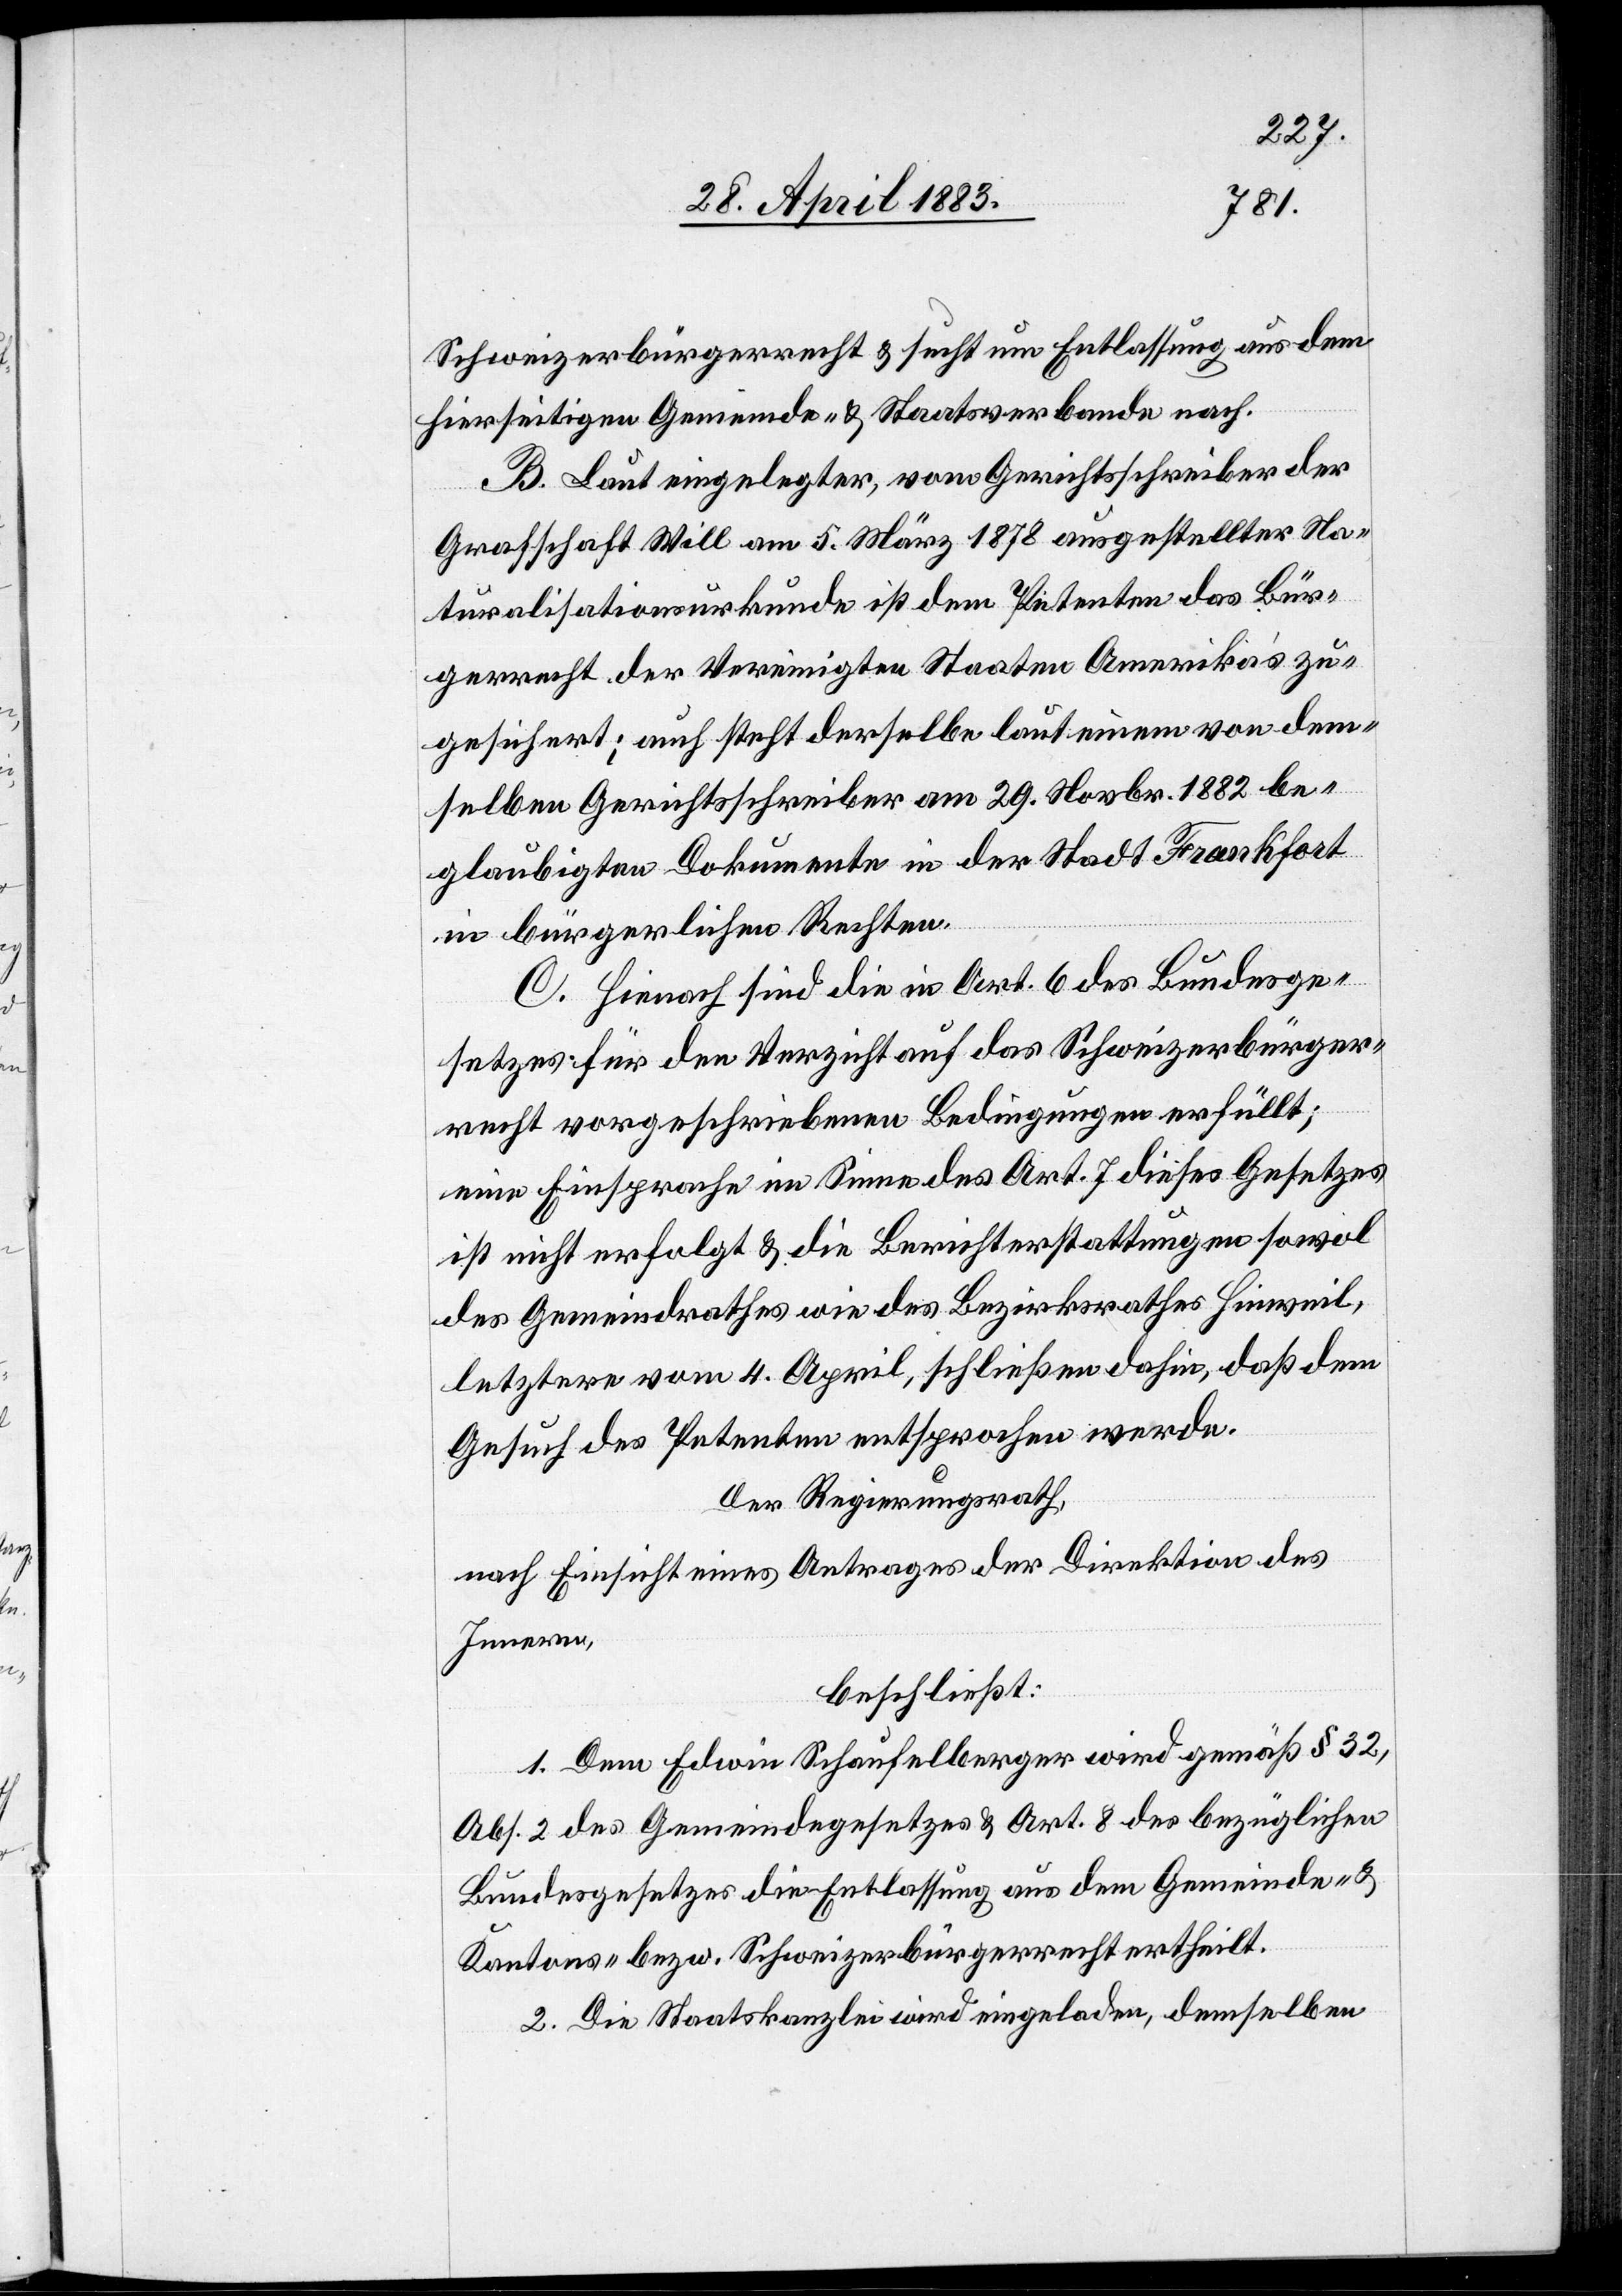
Schweizerbürgerrecht & sucht um Entlassung aus dem
hierseitigen Gemeinde- & Staatsverbande nach.
B. Laut eingelegter, vom Gerichtsschreiber der
Grafschaft Will am 5. März 1878 ausgestellter Na¬
turalisationsurkunde ist dem Petenten das Bür¬
gerrecht der Vereinigten Staaten Amerika’s zu¬
gesichert; auch steht derselbe laut einem von dem¬
selben Gerichtsschreiber am 29. Novbr. 1882 be¬
glaubigten Dokumente in der Stadt Frankfort
in bürgerlichen Rechten.
C. Hienach sind die in Art. 6 des Bundesge¬
setzes für den Verzicht auf das Schweizerbürger¬
recht vorgeschriebenen Bedingungen erfüllt;
eine Einsprache im Sinne des Art. 7 dieses Gesetzes
ist nicht erfolgt & die Berichterstattungen sowol
des Gemeindrathes wie des Bezirksrathes Hinweil,
letztere vom 4. April, schließen dahin, daß dem
Gesuch des Petenten entsprochen werde.
Der Regierungsrath,
nach Einsicht eines Antrages der Direktion des
Innern,
beschließt:
1. Dem Edwin Schaufelberger wird gemäß § 32,
Abs. 2 des Gemeindegesetzes & Art. 8 des bezüglichen
Bundesgesetzes die Entlassung aus dem Gemeinde- &
Kantons- bezw. Schweizerbürgerrecht ertheilt.
2. Die Staatskanzlei wird eingeladen, demselben